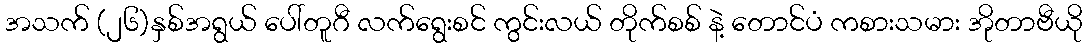
အသက် (၂၆)နှစ်အရွယ် ပေါ်တူဂီ လက်ရွေးစင် ကွင်းလယ် တိုက်စစ် နဲ့ တောင်ပံ ကစားသမား အိုတာဗီယို